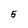
Character: 5